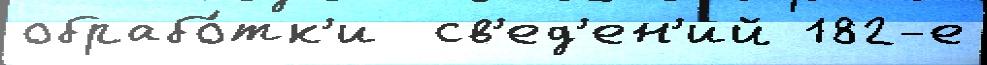
обрабо́тк'и  св'ед'ен'ий 182-е